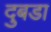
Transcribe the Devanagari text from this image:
दुबडा